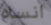
انساه